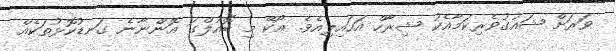
ވަރަށް ޝައުގުވެރިކަމާއެކު ޝިރާހް އަހައިލިއެވެ. އޯކޭ މި ބޮއުލްގަ އޮންނާނެ ގަނޑުކޮޅުތަކެއް